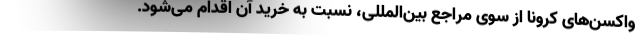
واکسن‌های کرونا از سوی مراجع بین‌المللی، نسبت به خرید آن اقدام می‌شود.